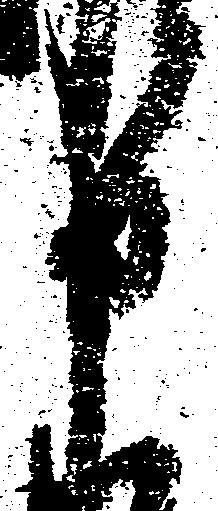
申